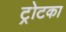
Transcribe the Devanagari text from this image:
ट्रोटका